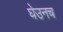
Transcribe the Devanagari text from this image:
घेउनच